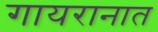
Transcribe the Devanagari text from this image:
गायरानात